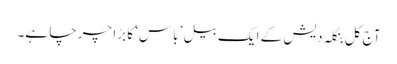
آج کل بنگلہ دیش کے ایک بیل ’باس‘ کا بڑا چرچا ہے۔